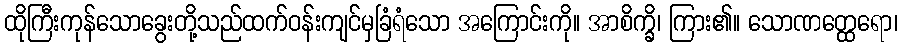
ထိုကြီးကုန်သောခွေးတို့သည်ထက်ဝန်းကျင်မှခြံရံသော အကြောင်းကို။ အာစိက္ခိ၊ ကြား၏။ သောဏတ္ထေရော၊